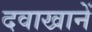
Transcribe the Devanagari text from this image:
दवाखानें